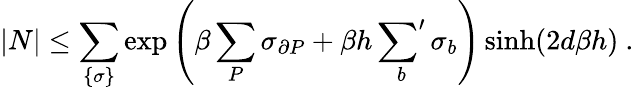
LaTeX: |N|\leq\sum_{\{ \sigma\} }\exp\left(\beta\sum_{P}\sigma_{\partial P}+\beta h\sideset{}{'}\sum_{b}\sigma_{b}\right)\sinh(2d\beta h)~.